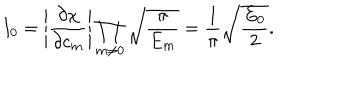
LaTeX: I _ { 0 } = \left| \frac { \partial \chi } { \partial c _ { m } } \right| \prod _ { m \neq 0 } \sqrt { \frac { \pi } { E _ { m } } } = \frac { 1 } { \pi } \sqrt { \frac { E _ { 0 } } { 2 } } .